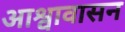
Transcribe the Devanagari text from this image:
आश्वावासन